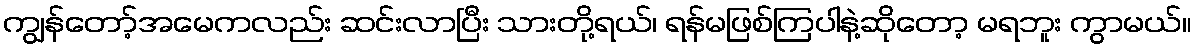
ကျွန်တော့်အမေကလည်း ဆင်းလာပြီး သားတို့ရယ်၊ ရန်မဖြစ်ကြပါနဲ့ဆိုတော့ မရဘူး ကွာမယ်။